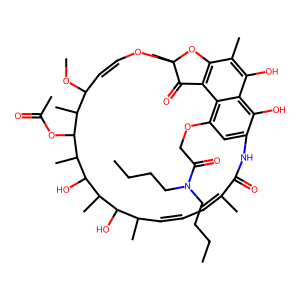
SMILES: CCCCN(CCCC)C(=O)COc1cc2c(O)c3c(O)c(C)c4c(c13)C(=O)C(C)(OC=CC(OC)C(C)C(OC(C)=O)C(C)C(O)C(C)C(O)C(C)C=CC=C(C)C(=O)N2)O4
Inhibits HIV replication: No